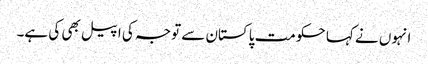
انہوں نے کہا حکومت پاکستان سے توجہ کی اپیل بھی کی ہے۔